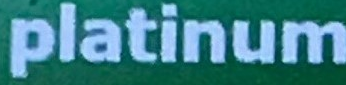
platinum